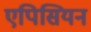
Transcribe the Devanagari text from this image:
एपिसियन